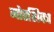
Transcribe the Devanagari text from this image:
मोरशिका